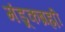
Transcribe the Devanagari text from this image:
मंडूकब्रह्मी